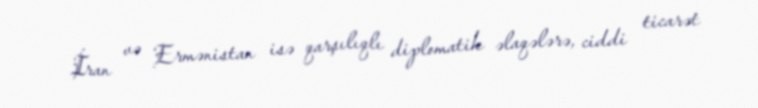
İran və Ermənistan isə qarşılıqlı diplomatik əlaqələrə, ciddi ticarət